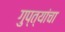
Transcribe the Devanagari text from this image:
गुप्त्यांचा